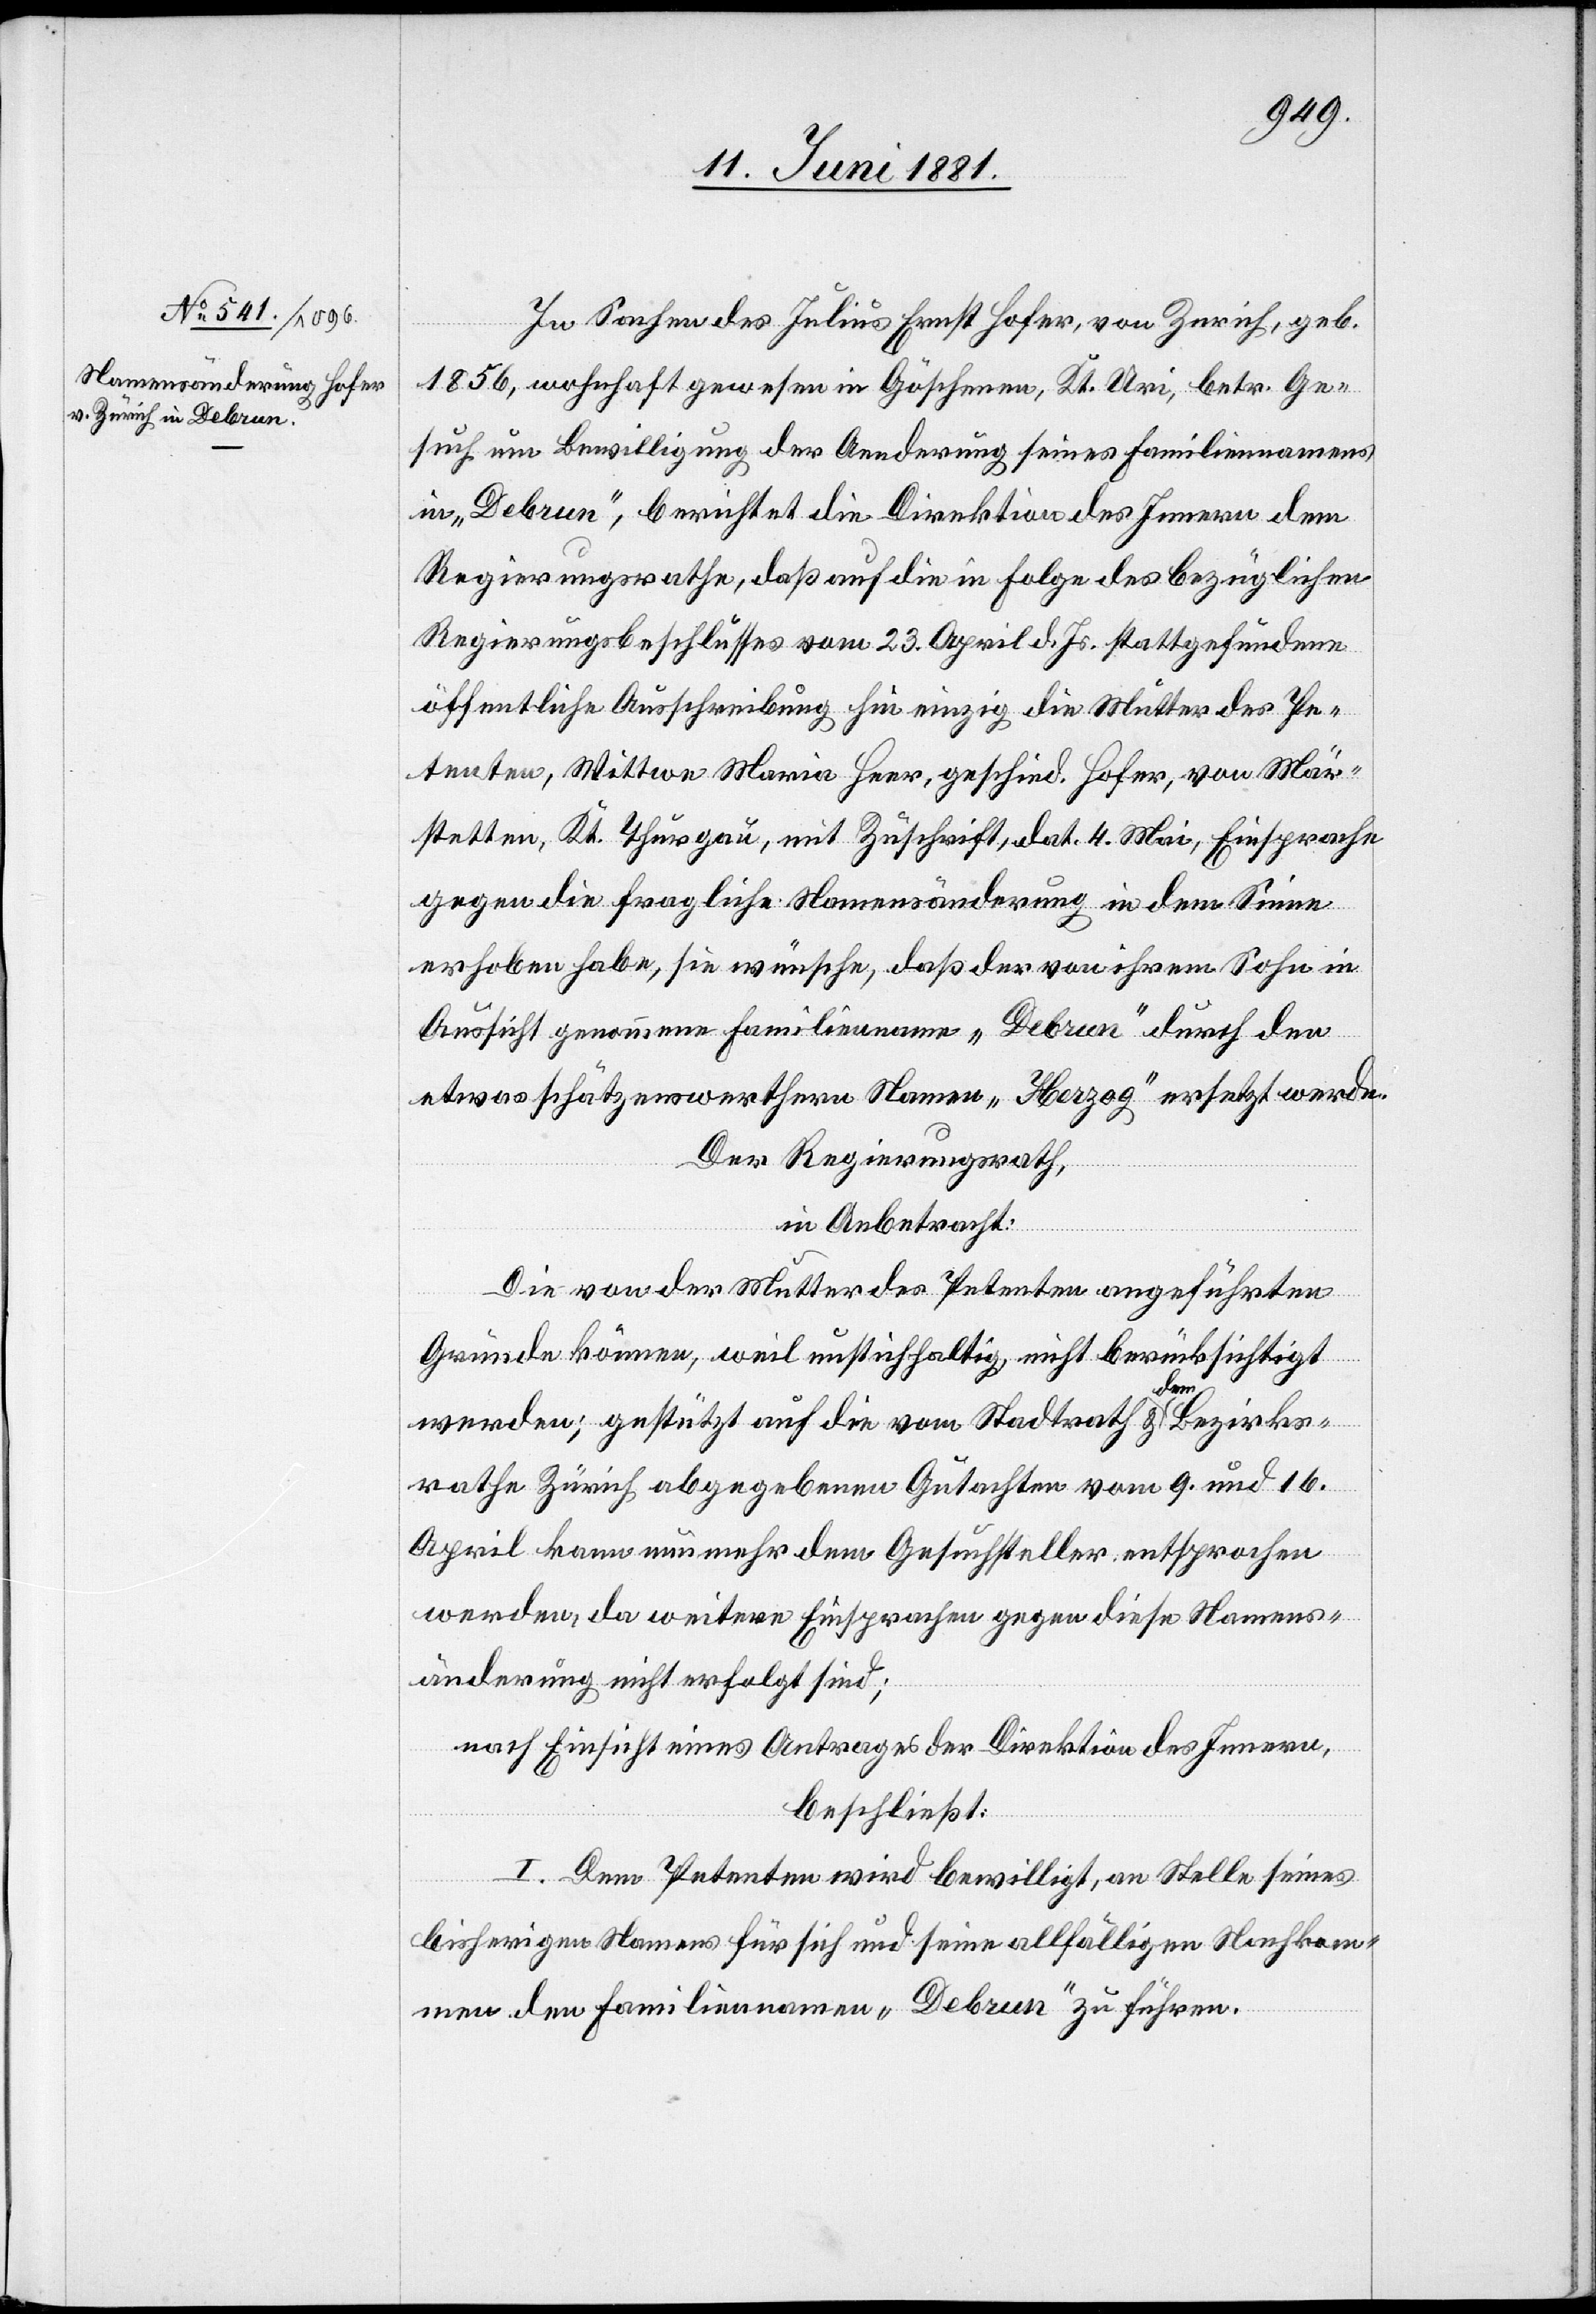
In Sachen des Julius Ernst Hofer, in Zürich, geb.
1856, wohnhaft gewesen in Göschenen, Kt. Uri, betr. Ge¬
such um Bewilligung der Aenderung seines Familiennamens
in „Debrun“, berichtet die Direktion des Innern dem
Regierungsrathe, daß auf die Folge des bezüglichen
Regierungsbeschlusses vom 23. April d. Js. stattgefundene
öffentliche Ausschreibung hin einzig die Mutter des Pe¬
tenten, Wittwe Maria Heer, geschied. Hofer, von Mär¬
stetten, Kt. Thurgau, mit Zuschrift, dat. 4 Mai, Einsprache
gegen die fragliche Namensänderung in dem Sinne
erhoben habe, sie wünsche, daß der von ihrem Sohn in
Aussicht genommene Familienname „Debrun“ durch den
etwas schätzenswertern Namen „Herzog“ ersetzt werde.
Der Regierungsrath,
in Anbetracht:
Die von der Mutter des Petenten angeführten
Gründe können, weil unstichhaltig, nicht berücksichtigt
werden; gestützt auf die vom Stadtrath & dem Bezirks¬
rathe Zürich abgegebenen Gutachten vom 9. und 16.
April kann nun mehr dem Gesuchsteller entsprochen
werden, da weitere Einsprachen gegen diese Namens¬
änderung nicht erfolgt sind;
nach Einsicht eines Antrages der Direktion des Innern,
beschließt:
I. Dem Petenten wird bewilligt, an Stelle seines
bisherigen Namens für sich und seine allfälligen Nachkom¬
men den Familiennamen „Debrun“ zu führen.